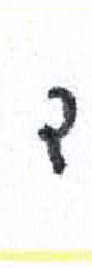
אות: ד